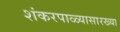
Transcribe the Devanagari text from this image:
शंकरपाळ्यासारख्या